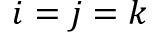
i = j = k